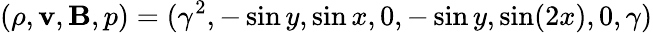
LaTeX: (\rho,\mathbf{v},\mathbf{B},p)=(\gamma^{2},-\sin y,\sin x,0,-\sin y,\sin(2x),0,\gamma)